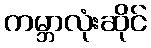
ကမ္ဘာလုံးဆိုင်